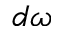
d \omega